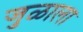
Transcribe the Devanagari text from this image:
जुळाला